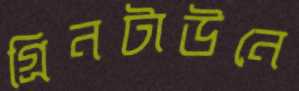
গ্রিনটাউনে